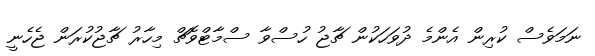
ނަމަވެސް ކުރިން އެންމެ ދުވަހަކުން ޗާޖު ހުސްވާ ސްމާޓްވޮޗް މިހާރު ޗާޖުކުރަން ޖެހެނީ